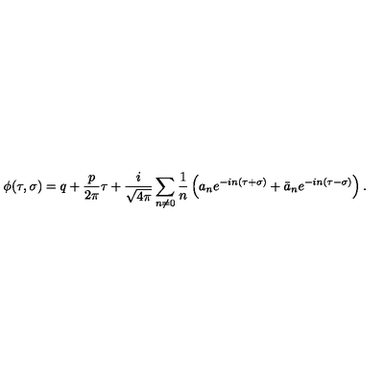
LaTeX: \phi ( \tau , \sigma ) = q + \frac { p } { 2 \pi } \tau + \frac { i } { \sqrt { 4 \pi } } \sum _ { n \neq 0 } \frac { 1 } { n } \left( { a _ { n } } e ^ { - i n ( \tau + \sigma ) } + { \bar { a } _ { n } } e ^ { - i n ( \tau - \sigma ) } \right) .